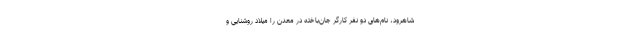
شاهرود، نام‌های دو نفر کارگر جان‌باخته در معدن را میلاد روشنایی و